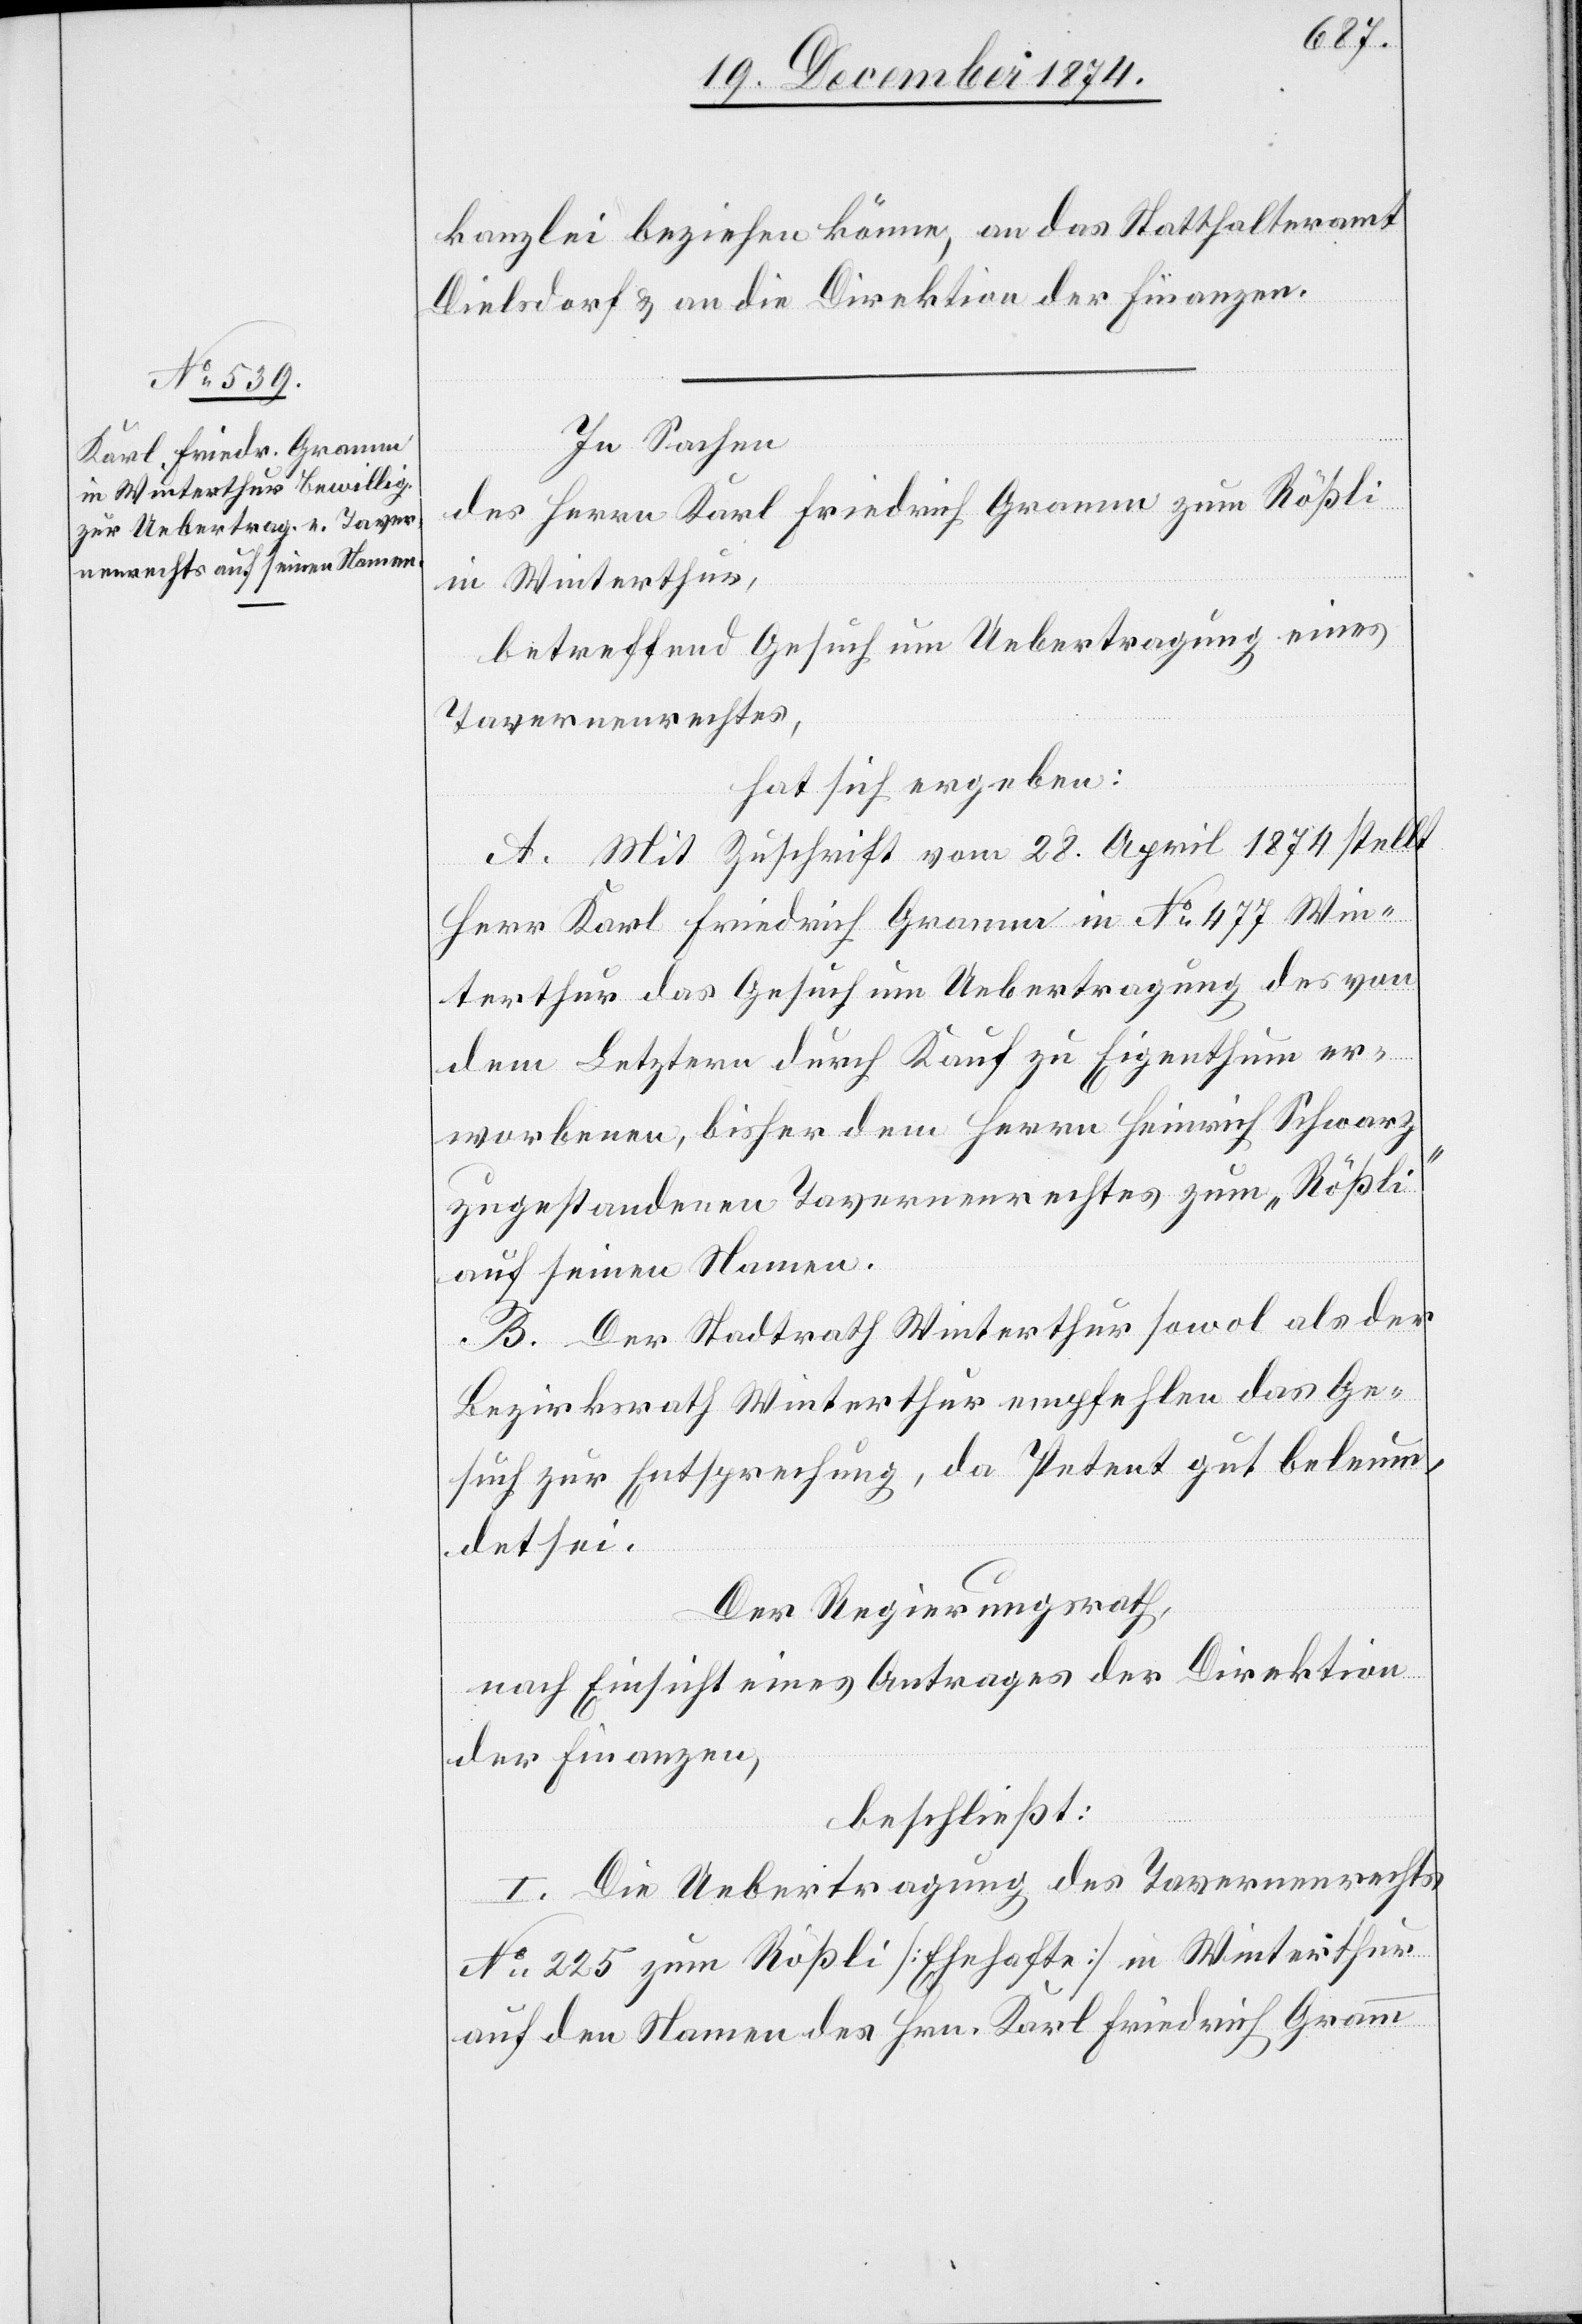
kanzlei beziehen könne, an das Statthalteramt
Dielsdorf & an die Direktion der Finanzen.
In Sachen
des Herrn Karl Friedrich Gramm zum Rößli
in Winterthur,
betreffend Gesuch um Uebertragung eines
Tavernenrechtes,
hat sich ergeben:
A. Mit Zuschrift vom 28. April 1874 stellt
Herr Karl Friedrich Gramm in No 477 Win¬
terthur das Gesuch um Uebertragung des von
dem Letztern durch Kauf zu Eigenthum er¬
worbenen, bisher dem Herrn Heinrich Schwarz
zugestandenen Tavernenrechtes zum „Rößli“
auf seinen Namen.
B. Der Stadtrath Winterthur sowol als der
Bezirksrath Winterthur empfehlen das Ge¬
such zur Entsprechung, da Petent gut beleum¬
det sei.
Der Regierungsrath,
nach Einsicht eines Antrages der Direktion
der Finanzen,
beschließt:
I. Die Uebertragung des Tavernenrechts
No 225 zum Rößli [Ehehafte] in Winterthur
auf den Namen des Hrn. Karl Friedrich Gramm